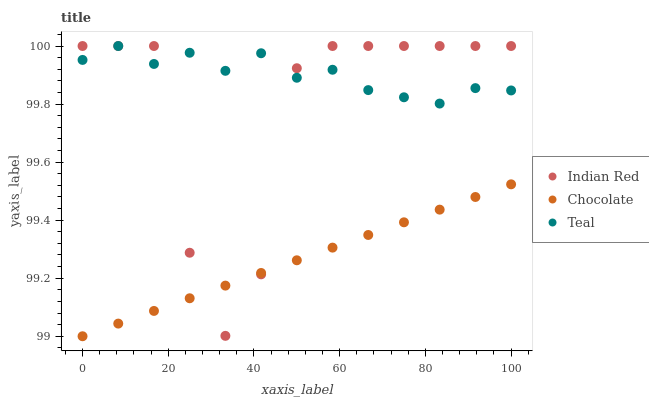
| xaxis_label | Indian Red | Chocolate | Teal |
 | --- | --- | --- | --- |
 | 0 | 100 | 99 | 100 |
 | 8.33 | 100 | 99 | 100 |
 | 16.7 | 100 | 99.1 | 99.9 |
 | 25 | 99.3 | 99.1 | 100 |
 | 33.3 | 99 | 99.2 | 99.9 |
 | 41.7 | 99.2 | 99.2 | 100 |
 | 50 | 99.9 | 99.3 | 99.9 |
 | 58.3 | 100 | 99.3 | 99.9 |
 | 66.7 | 100 | 99.3 | 99.8 |
 | 75 | 100 | 99.4 | 99.8 |
 | 83.3 | 100 | 99.4 | 99.8 |
 | 91.7 | 100 | 99.5 | 99.9 |
 | 100 | 100 | 99.5 | 99.8 |